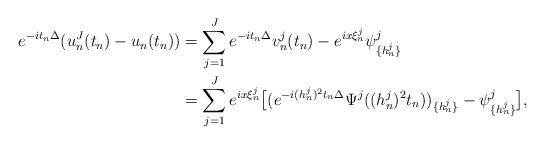
LaTeX: \begin{align*}e^{-it_n\Delta}({u}_n^J(t_n) - u_{n}(t_n))&= \sum_{j=1}^J e^{-it_n\Delta} v_n^j(t_n) - e^{ix\xi_n^j} \psi^j_{\{ h_n^j \}} \\&= \sum_{j=1}^J e^{ix\xi_n^j} \bigl[(e^{-i(h_n^j)^2t_n\Delta} \Psi^j((h_n^j)^2t_n))_{\{h_n^j\}}-\psi^j_{\{ h_n^j \}} \bigr],\end{align*}